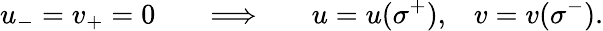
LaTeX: u_{-}=v_{+}=0\; \; \; \; \; \; \Longrightarrow\; \; \; \; \; \; u=u(\sigma^{+}),\; \; \; v=v(\sigma^{-}).